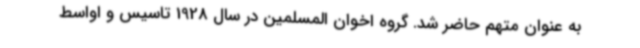
به عنوان متهم حاضر شد. گروه اخوان المسلمین در سال 1928 تاسیس و اواسط